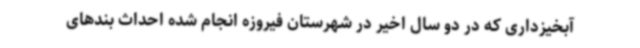
آبخیزداری که در دو سال اخیر در شهرستان فیروزه انجام شده احداث بندهای